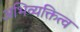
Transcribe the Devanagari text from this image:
अभिव्यक्तित्व